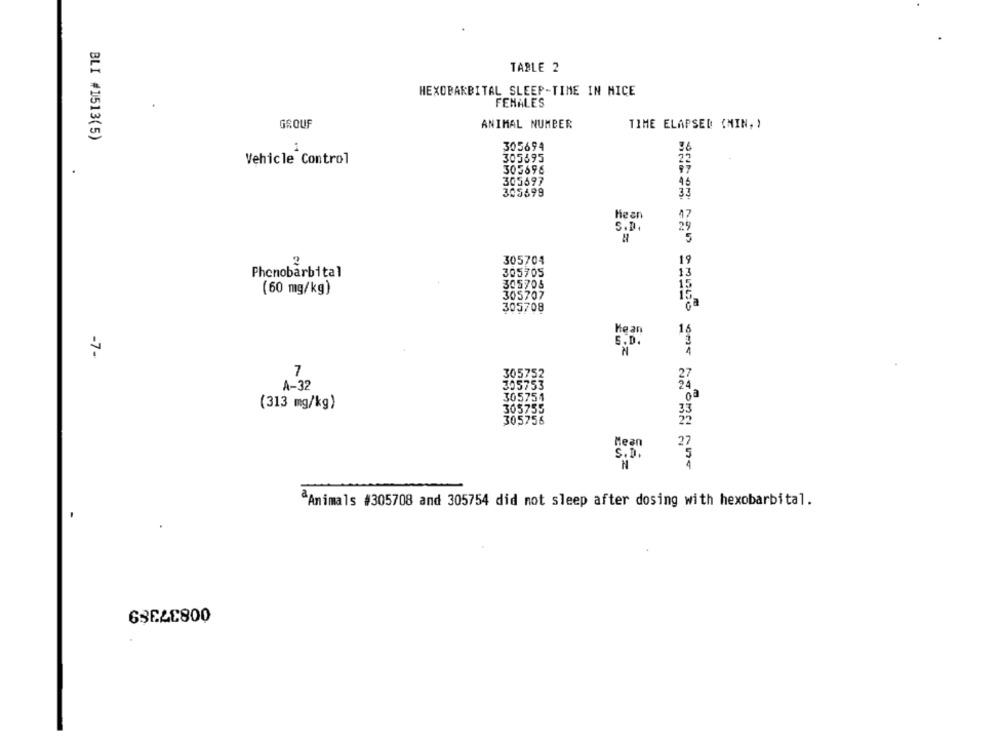
TABLE 2
HEXOBARBITAL SLEEP-TIME IN MICE
FEMALES
GROUF
ANIMAL NUMBER
TIME ELAPSED (MIN, )
BLI #1513(5)
305694
Vehicle Control
305595
2
303696
305697
46
305599
3
Mean
47
S.D.
29
305704
19
Phenobarbital
305705
13
305708
15
(60 mg/kg)
305707
305708
Me an
16
S.D.
-7-
N
7
A-32
(313 mg/kg)
33
30
22
Mean
27
S.D.
5
N
ªAnimals #305708 and 305754 did not sleep after dosing with hexobarbital.
00837389